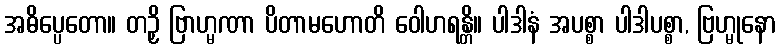
အဓိပ္ပေတော။ တဉှိ ဗြာဟ္မဏာ ပိတာမဟောတိ ဝေါဟရန္တိ။ ပါဒါနံ အပစ္စာ ပါဒါပစ္စာ, ဗြဟ္မုနော